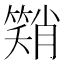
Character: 𮆂